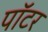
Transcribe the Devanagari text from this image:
पाॅटर